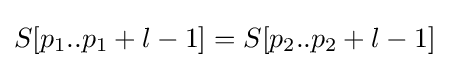
S[p_{1}..p_{1}+l-1]=S[p_{2}..p_{2}+l-1]